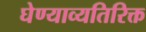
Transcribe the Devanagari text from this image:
घेण्याव्यतिरिक्त